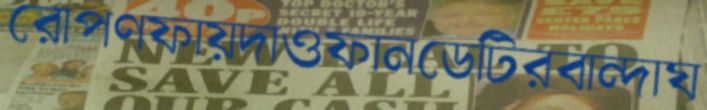
রোপণফায়দাওফানডেটিরবান্দাঘ